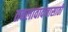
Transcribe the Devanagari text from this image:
तबलावादनासाठी